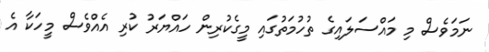
ނަމަވެސް މި މައްސަލައިގެ ތުހުމަތުގައި މީގެކުރިން ހައްޔަރު ކުރި އެއްވެސް މީހަކާ އެ